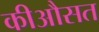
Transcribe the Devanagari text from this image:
कीऔसत